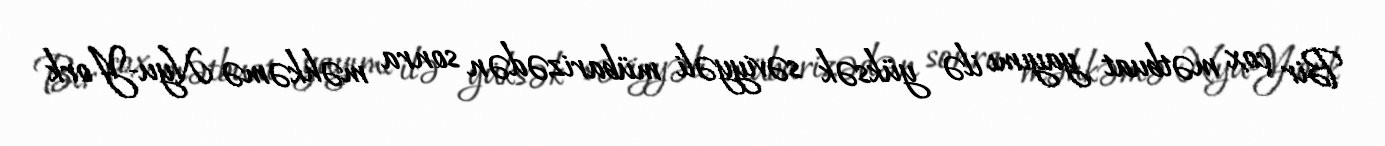
Bir çox mətbuat yayımı ilə yüksək səviyyəli mübarizədən sonra məhkəmə Nyu-York